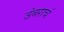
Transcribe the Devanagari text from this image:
उंबराचं